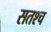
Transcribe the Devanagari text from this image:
सतश्च